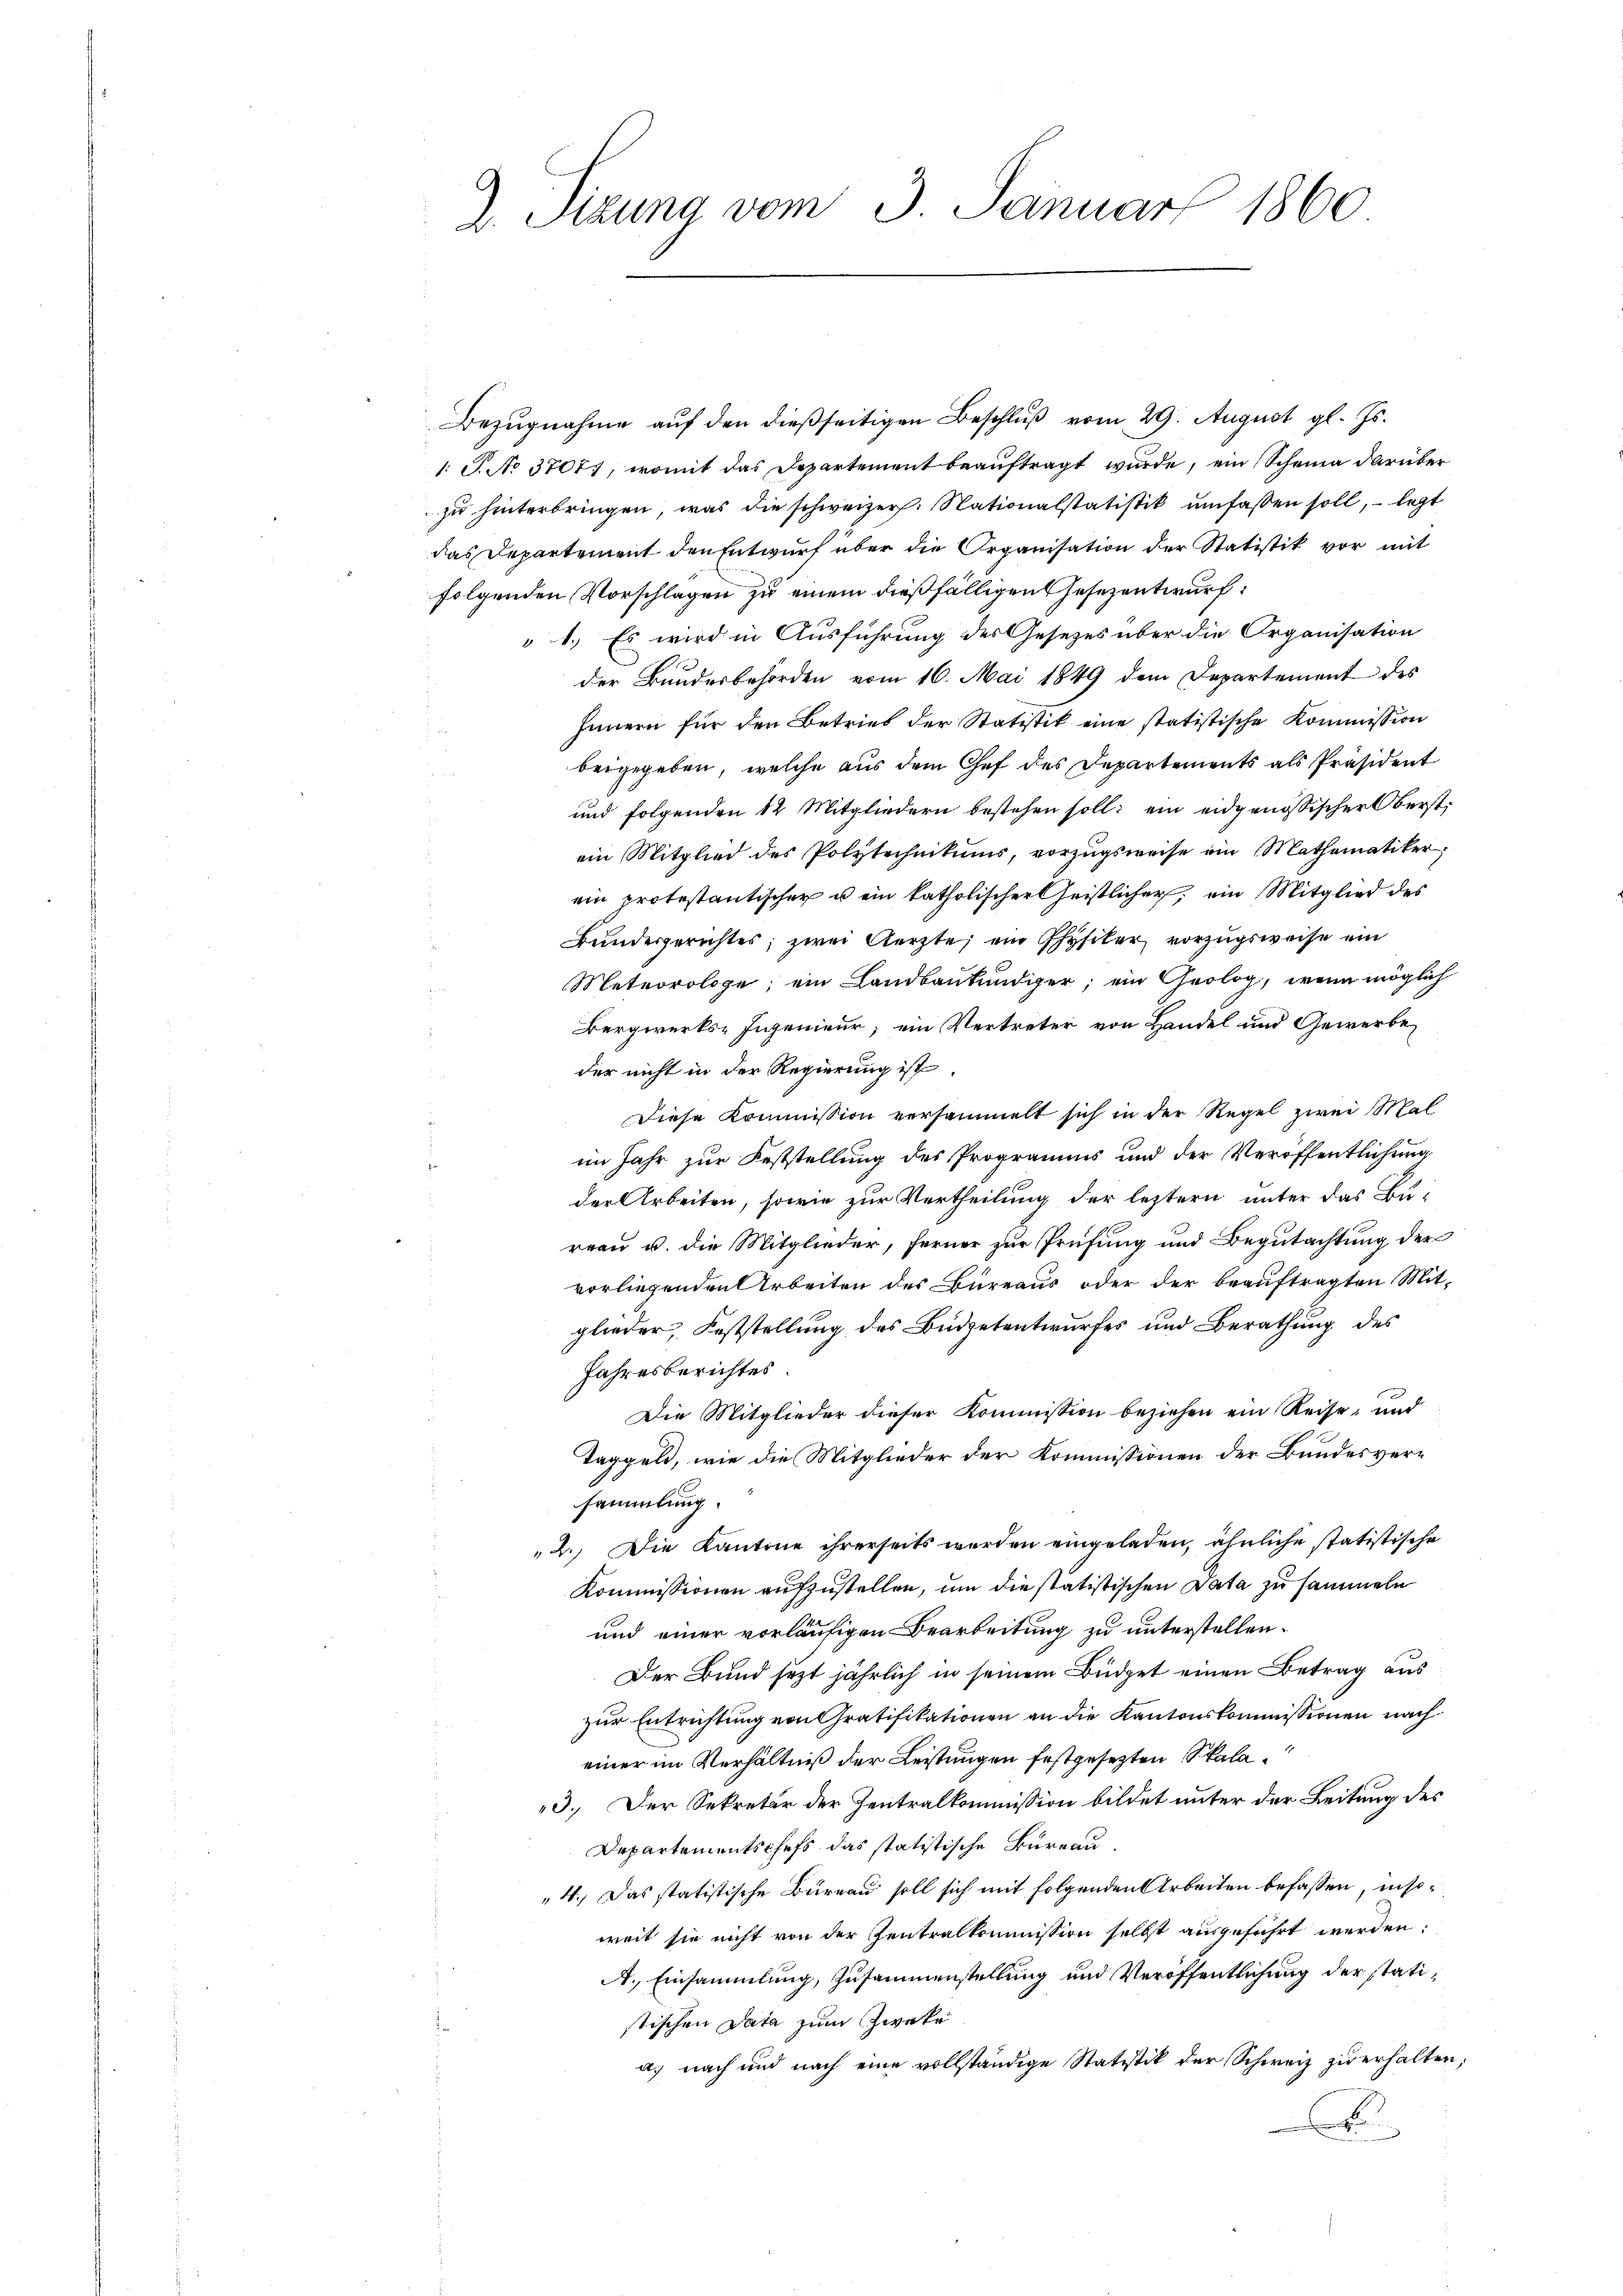
d. Sizung vom 3. Januar 1860

Bezugnahme auf den dießseitigen Beschluß vom 29. August gl. Js.
1: P. No 3707, womit das Departement beauftragt wurde, ein Scheina darüber
zu hinterbringen, was die schweizer. Nationalstatistik umfassen soll, – legt
das Departement den Entwurf über die Organisation der Statistik vor mit
folgenden Vorschlagen zu einem dießfälligen Gesezentwurf:
1.) Es wird in Ausführung des Gesezes über die Organisation
der Bundesbehörden vom 16. Mai 1849 dem Departement des
Innern für den Betrieb der Statistik eine statistische Kommission
beigegeben, welche aus dem Chef des Departements als Präsident
und folgenden 12 Mitgliedern bestehen soll; ein eidgenössischer Oberst-
ein Mitglied des Polytechnikums, vorzugsweise ein Mathematiker,
ein protestantischen u ein katholischer Geistlicher, ein Mitglied des
Bundergerichtes; zwei Aerzte, ein Physiker vorzugsweise ein
Meteorologe, ein Landbaukundiger; ein Geolog, wenn möglich
Bergwerks-Ingenieur; ein Vertreter von Handel und Gewerbeder nicht in der Regierung ist.
e
Diese Kommission versammelt sich in der Regel zwei Malim Jahr zur Feststellung des Programms und der Veröffentlichung
s
der Arbeiten, sowie zur Vertheilung der letztern unter das Bu-
reau u. die Mitglieder, ferner zur Prüfung und Begutachtung der
vorliegenden Arbeiten des Büreaus oder der beauftragten Mit-
glieder, Feststellung des Büdgetentwurfes und Berathung des
Jahresberichtes.
Die Mitglieder dieser Kommission beziehen ein Reise, und
Taggeld, wie die Mitglieder der Kommissionen der Bundesversammlung.
2.) Die Kantone ihrerseits werden eingeladen, ähnliche statistische
Kommissionen aufzustellen, um die statistischen Data zu sammeln
und einer vorläufigen Bearbeitung zu unterstellen¬
Der Bund jetzt jährlich in seinem Büdget einen Betrag aus
zur Entrichtung von Gratifikationen an die Kantonskommissionen nach
einer im Verhältniß der Leistungen festgesezten Skala
3. Der Sekretär der Zentralkommission bildet unter der Leitung des
Departementschefs das statistische Bureau.
4., Das statistische Bureau soll sich mit folgenden Arbeiten befassen, insoweit sie nicht von der Zentralkommission selbst ausgeführt werden:
A. Einsammlung, zusammenstellung und Veröffentlichung der statistischen Data zum Zweke
a.) nach und nach eine vollständige Statistik der Schweiz zu erhalten;
t